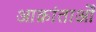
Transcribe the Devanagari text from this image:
आक्रांताओँ